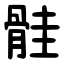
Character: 䯓